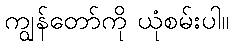
ကျွန်တော်ကို ယုံစမ်းပါ။